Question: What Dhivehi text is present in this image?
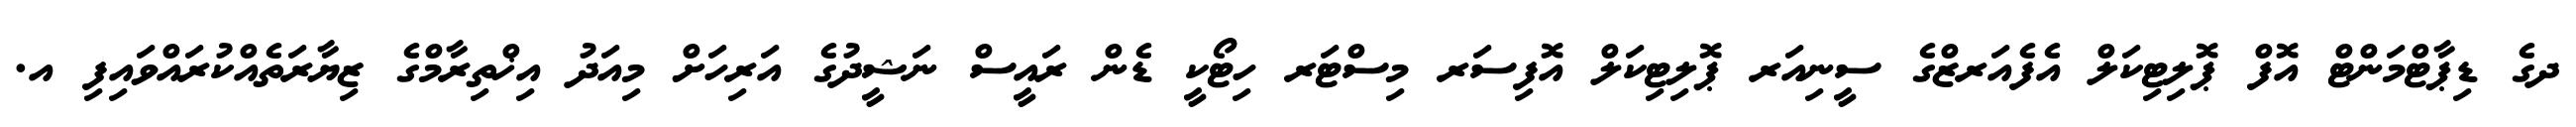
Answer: ދގެ ޑިޕާޓްމަންޓް އޮފް ޕޮލިޓިކަލް އެފެއަރޒްގެ ސީނިއަރ ޕޮލިޓިކަލް އޮފިސަރ މިސްޓަރ ހިޓޯކީ ޑެން ރައީސް ނަޝީދުގެ އަރިހަށް މިއަދު އިޚްތިރާމްގެ ޒިޔާރަތެއްކުރައްވައިފި އ.